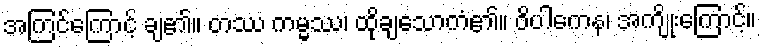
အကြင်ကြောင့် ချ၏။ တဿ ကမ္မဿ၊ ထိုချသောကံ၏။ ဝိပါကေန၊ အကျိုးကြောင့်။